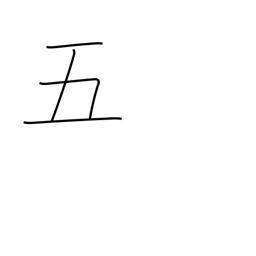
Meaning: five